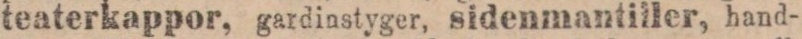
teaterkappor, gardinstyger, sidenmantiller, hand-